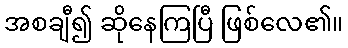
အစချီ၍ ဆိုနေကြပြီ ဖြစ်လေ၏။